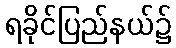
ရခိုင်ပြည်နယ်၌